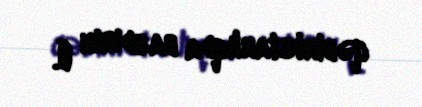
qəbiristanlıqda basdırın (İ.